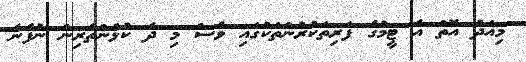
މިއަދު އޮތް އެ ޓީމުގެ ފަރިތަކުރުންތަކުގައި ވެސް މި ދެ ކުޅުންތެރިން ނުފެނެ